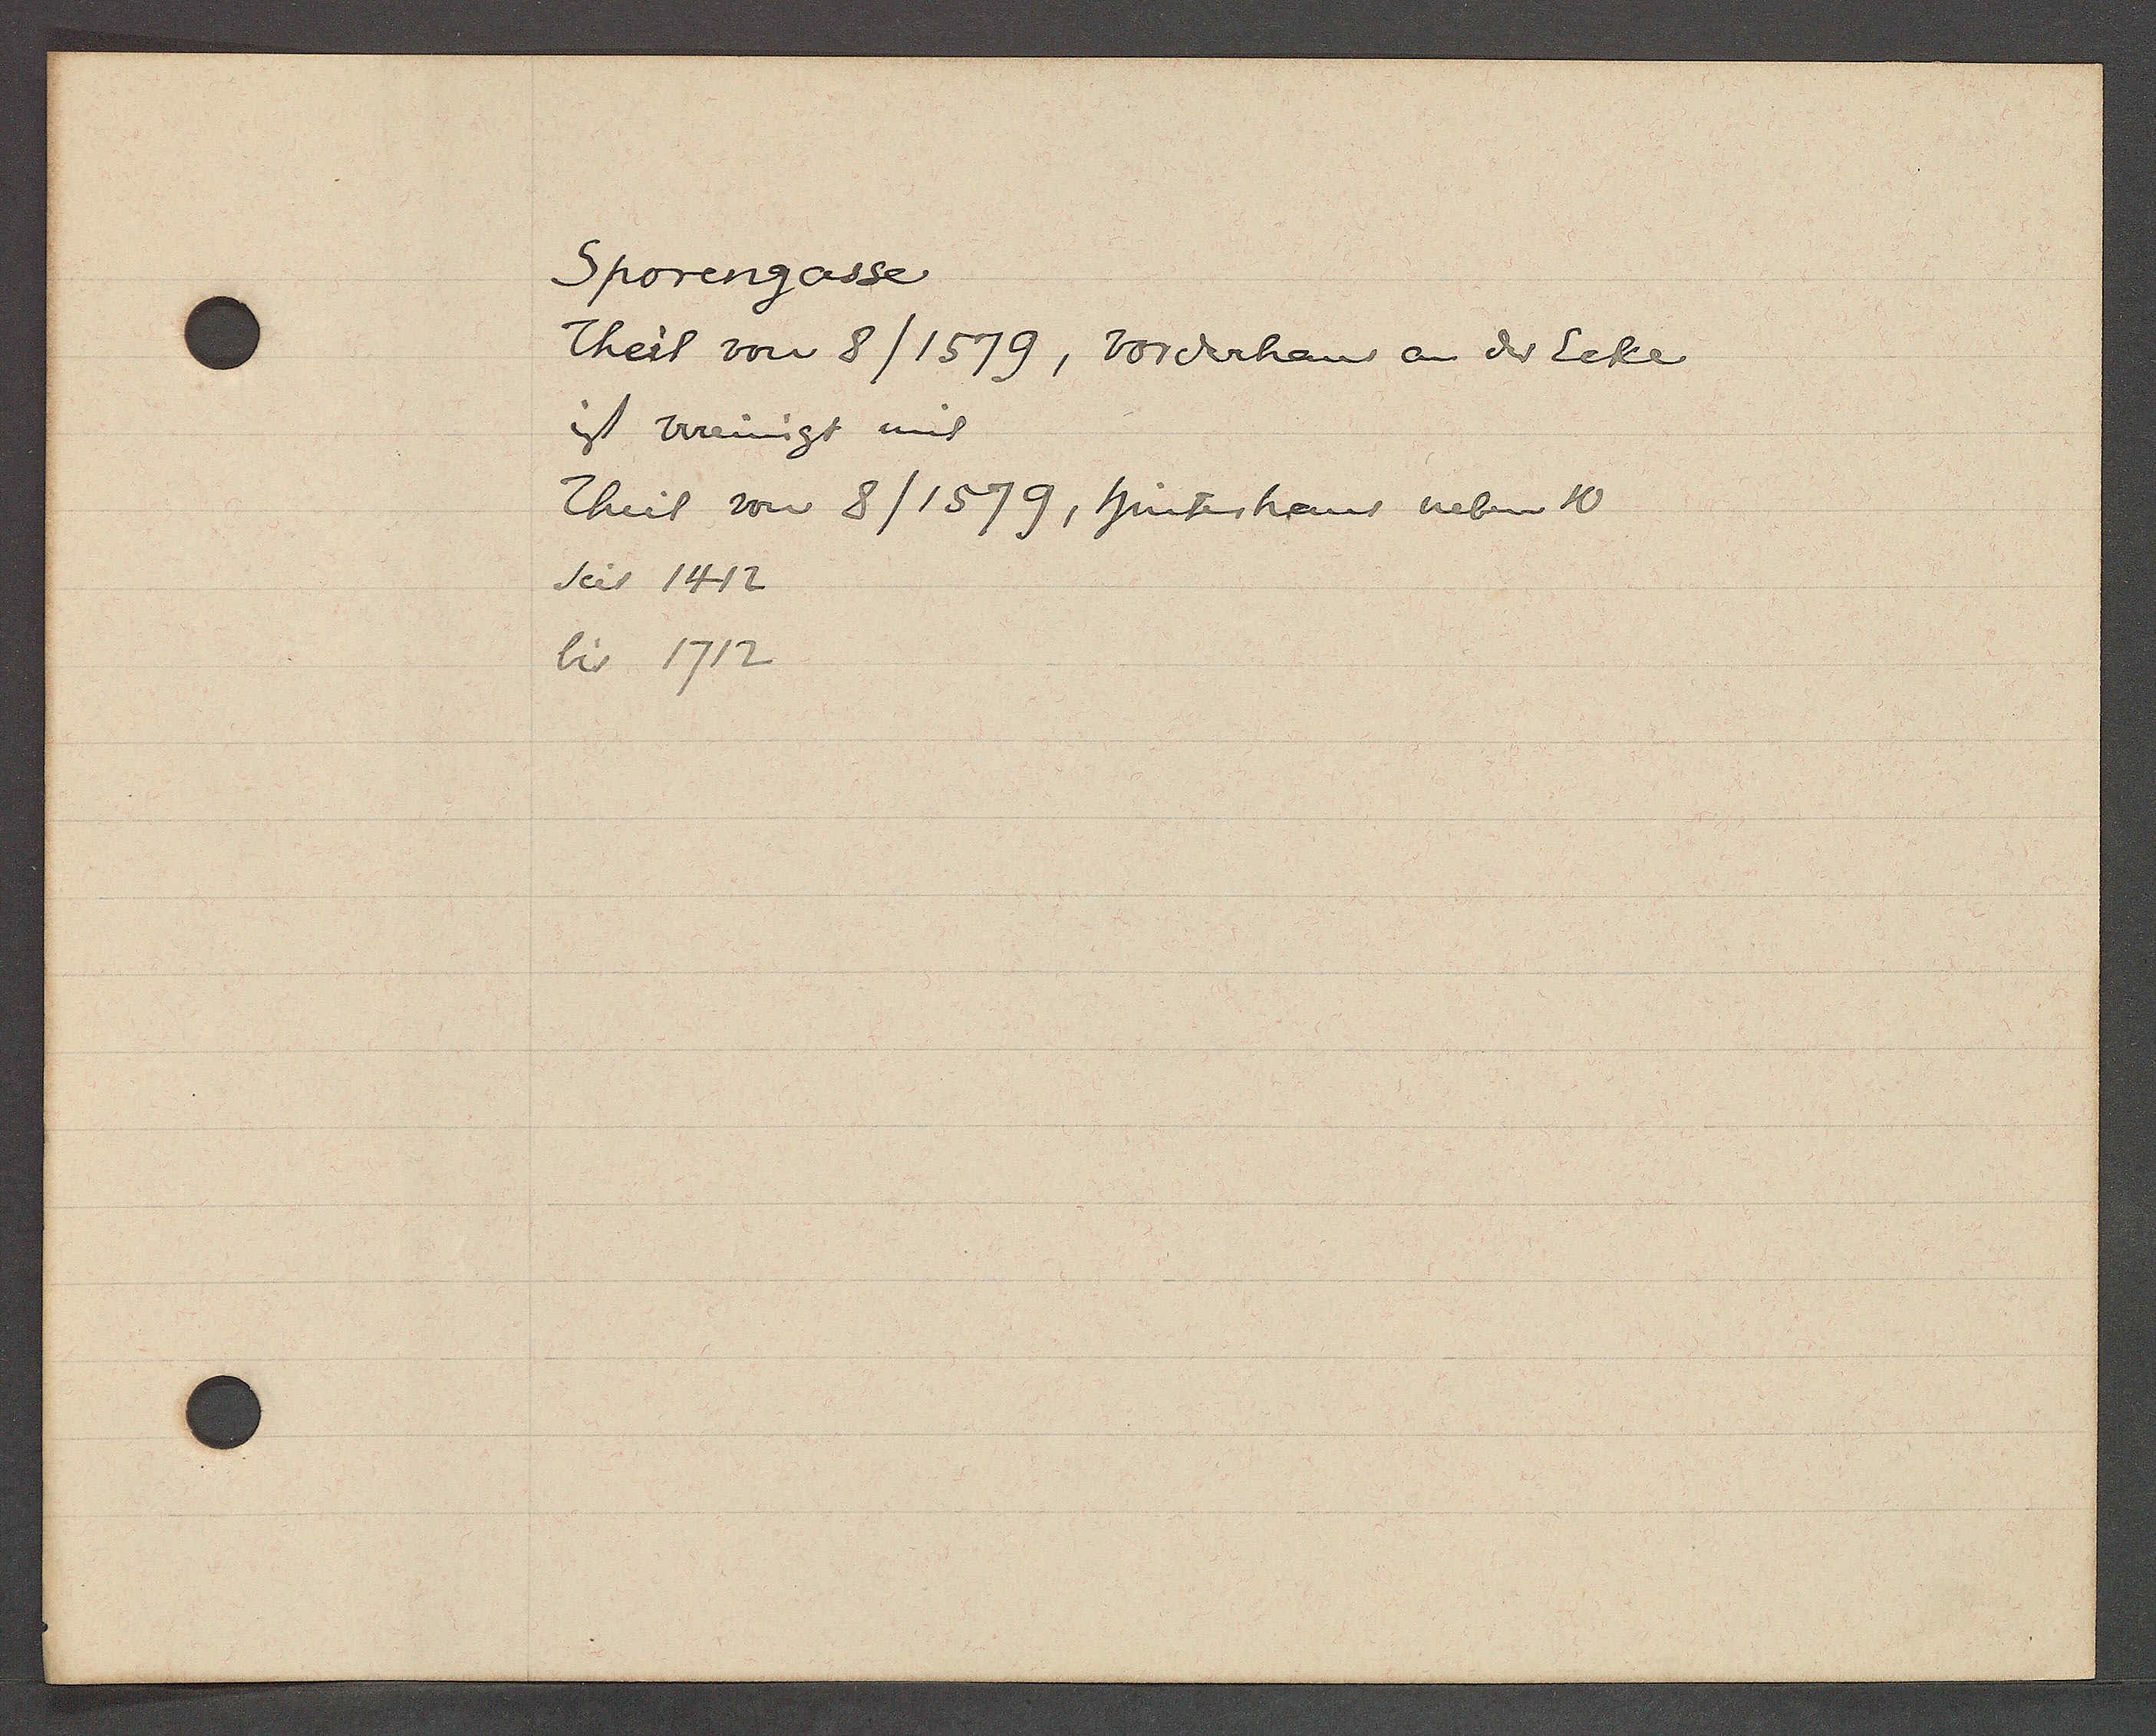
Transcript:
Sporengasse

Theil von 8/1579, vorderhaus an der Ecke
ist vereinigt mit
Theil von 8/1579, hinterhaus neben 10
seit 1412
bis 1712